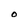
Character: O